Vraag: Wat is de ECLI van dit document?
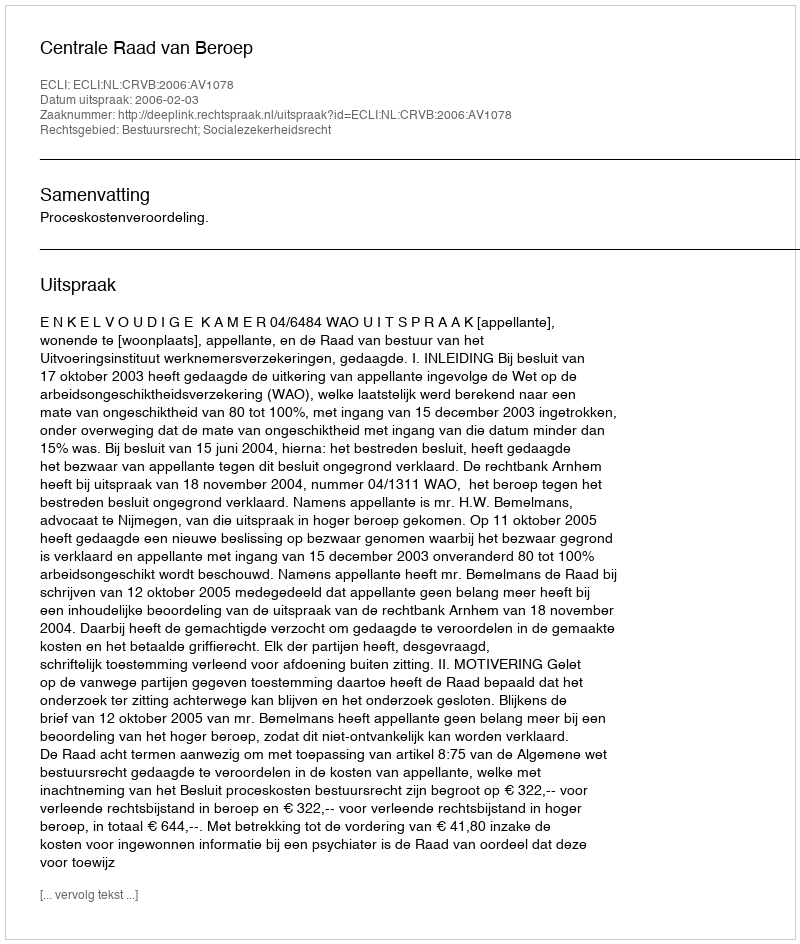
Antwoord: ECLI:NL:CRVB:2006:AV1078